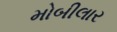
મોબીલાર